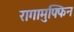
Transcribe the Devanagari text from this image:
रागामुफ्फिन